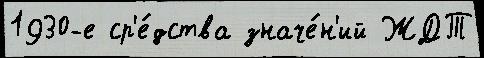
1930-е ср'е́дства значе́н'ий ЖДТ